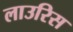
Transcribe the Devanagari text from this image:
लाउरिस